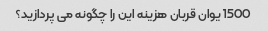
1500 یوان قربان هزینه این را چگونه می پردازید؟